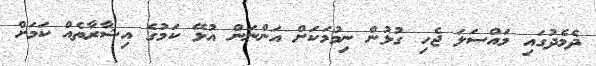
ދެމެދުގައި މައްސަލަ ޖެހި ގުޅުން ނިމުމަކަށް އަންނަން އުޅޭ ކަމުގެ އިޝާރާތެއް ކަމަށް